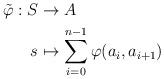
LaTeX: \begin{align*} \tilde\varphi:S&\to A\\ s&\mapsto \sum_{i=0}^{n-1}\varphi(a_i,a_{i+1})\end{align*}